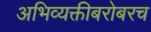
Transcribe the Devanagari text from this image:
अभिव्यक्तीबरोबरच